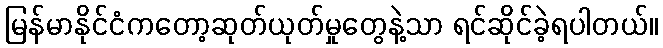
မြန်မာနိုင်ငံကတော့ဆုတ်ယုတ်မှုတွေနဲ့သာ ရင်ဆိုင်ခဲ့ရပါတယ်။